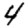
Digit: 4